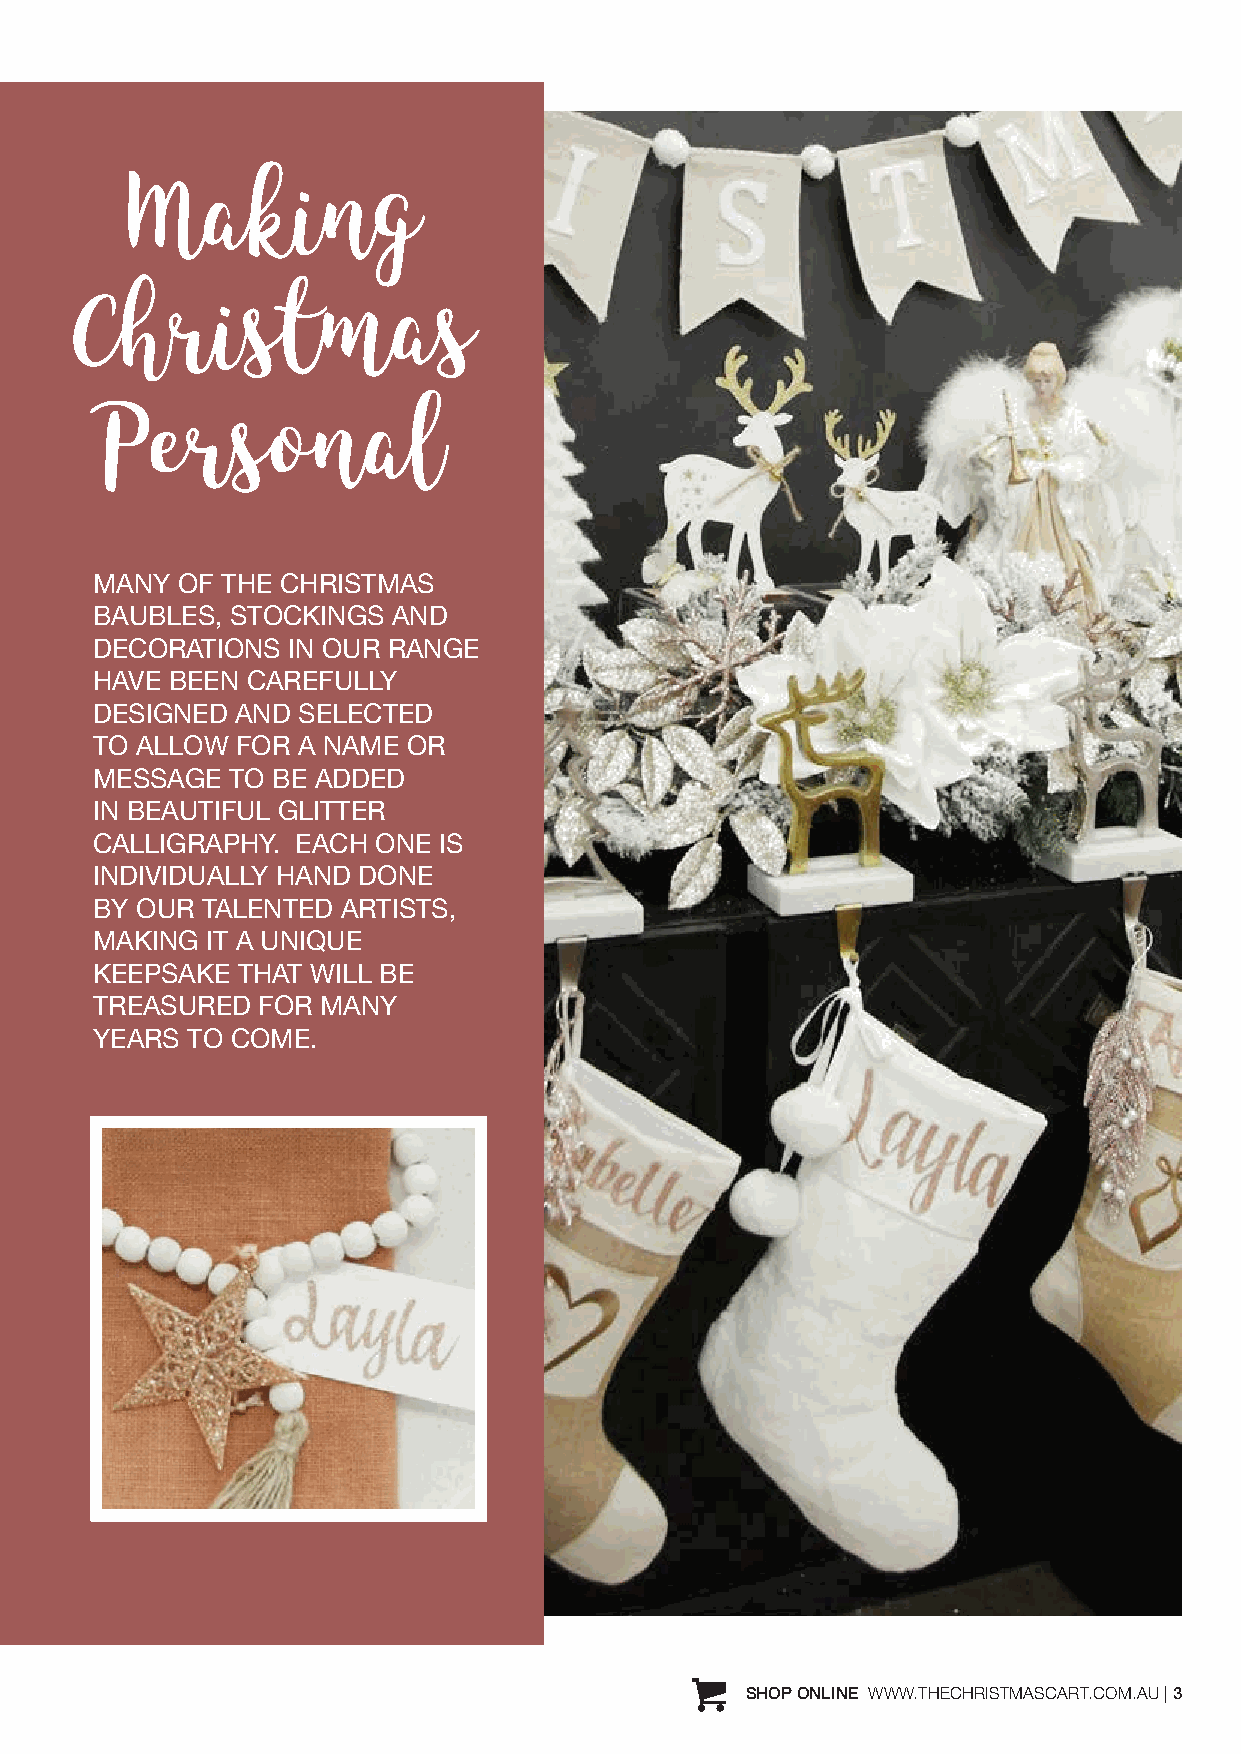
Making
 Christmas
 Personal
 MANY  OF THE CHRISTMAS
 BAUBLES, STOCKINGS  AND
 DECORATIONS  IN OUR RANGE
 HAVE BEEN CAREFULLY
 DESIGNED  AND SELECTED
 TO ALLOW  FOR A NAME OR
 MESSAGE  TO BE ADDED
 IN BEAUTIFUL GLITTER
 CALLIGRAPHY.  EACH ONE IS
 INDIVIDUALLY HAND DONE
 BY OUR TALENTED  ARTISTS,
 MAKING  IT A UNIQUE
 KEEPSAKE  THAT WILL BE
 TREASURED  FOR MANY
 YEARS TO COME.
 SHOP ONLINE WWW.THECHRISTMASCART.COM.AU | 3